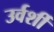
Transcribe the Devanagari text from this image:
उर्वर्शी